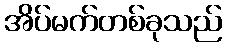
အိပ်မက်တစ်ခုသည်